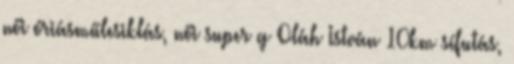
női óriásműlesiklás, női super g Oláh István 10km sífutás,